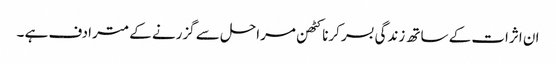
ان اثرات کے ساتھ زندگی بسر کرنا کٹھن مراحل سے گزرنے کے مترادف ہے ۔